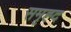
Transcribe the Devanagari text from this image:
समृह्द